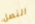
النصل